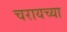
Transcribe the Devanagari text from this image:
चरायच्या